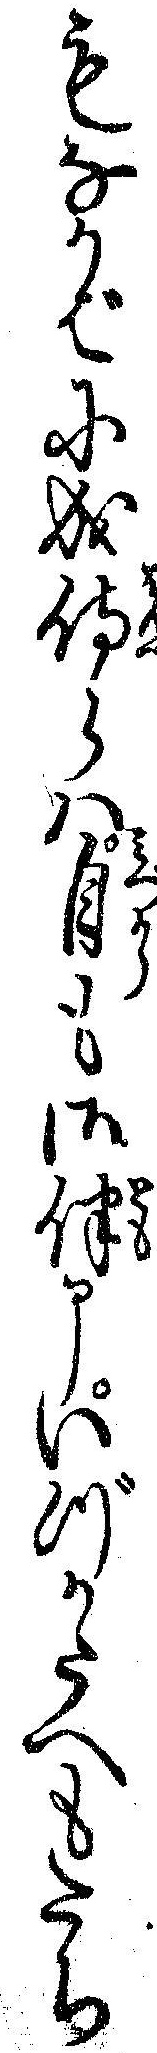
もなかばに成侍らハ自も御伴申いづかたへもたち